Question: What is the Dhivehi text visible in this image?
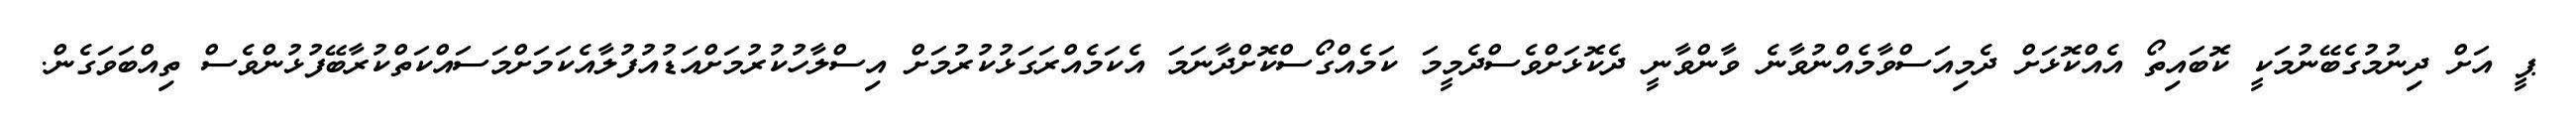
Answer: ޕީ އަށް ދިނުމުގެބޭނުމަކީ ކޮބައިތޯ އެއްކޮޅަށް ދެމިއަސްވާމެއްނުވާނެ ވާންވާނީ ދެކޮޅަށްވެސްދެމީމަ ކަމެއްގޯސްކޮށްދާނަމަ އެކަމެއްރަގަޅުކުރުމަށް އިސްލާހުކުރުމަށްއަޑުއުފުލާއެކަމަށްމަސައްކަތްކުރާބޭފުޅުންވެސް ތިއްބަވަގެން.